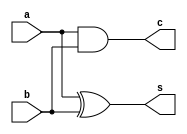
`timescale 1ns/1ps
module adder(a,b,s,c);
	input a,b;
	output s,c;
	xor(s,a,b);
	and(c,a,b);
endmodule